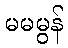
မမမွန်